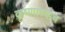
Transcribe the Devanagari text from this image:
कृष्णाच्याच